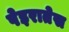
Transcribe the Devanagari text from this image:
पेइरातेस